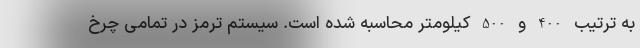
به ترتیب 400 و 500 کیلومتر محاسبه شده است. سیستم ترمز در تمامی چرخ